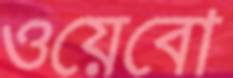
ওয়েবো